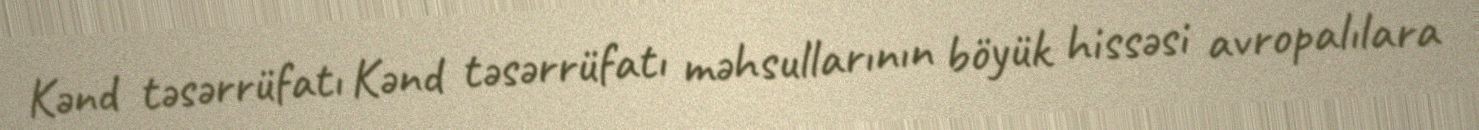
Kənd təsərrüfatı Kənd təsərrüfatı məhsullarının böyük hissəsi avropalılara